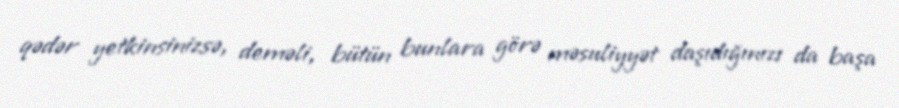
qədər yetkinsinizsə, deməli, bütün bunlara görə məsuliyyət daşıdığınızı da başa